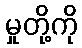
မှုတို့ကို